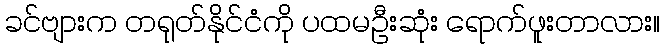
ခင်ဗျားက တရုတ်နိုင်ငံကို ပထမဦးဆုံး ရောက်ဖူးတာလား။